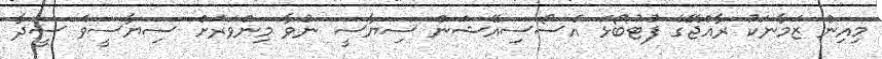
މިއިން ޒަމާނަކު ރާއްޖޭގެ ފުޓުބޯޅަ އެސޯސިއޭޝަން ސިޔާސީ ނުވާ މިންވަރަށް ސިޔާސީވެ ސީދާ